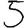
Digit: 5